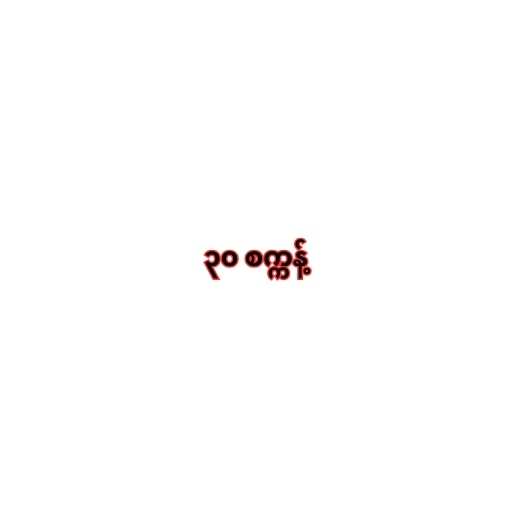
၃၀ စက္ကန့်